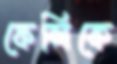
ফেলিকে